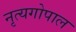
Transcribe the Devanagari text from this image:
नृत्यगोपाल